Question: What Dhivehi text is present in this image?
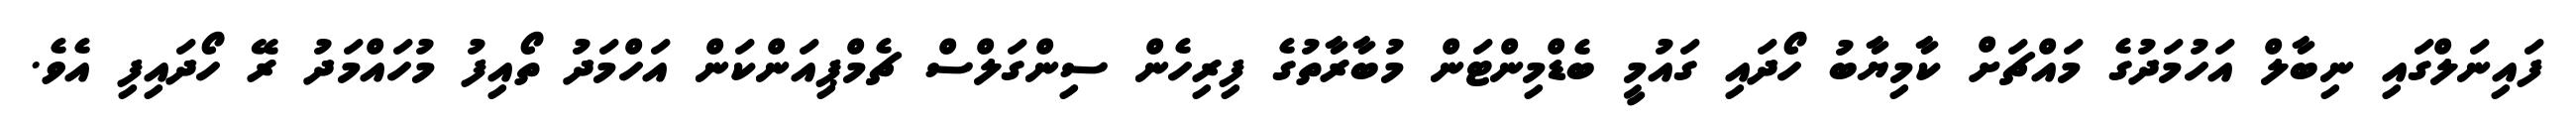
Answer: ފައިނަލްގައި ނިބާލް އަހުމަދުގެ މައްޗަށް ކާމިޔާބު ހޯދައި ގައުމީ ބެޑްމިންޓަން މުބާރާތުގެ ފިރިހެން ސިންގަލްސް ޗެމްޕިއަންކަން އަހްމަދު ތޯއިފު މުހައްމަދު ރޭ ހޯދައިފި އެވެ.